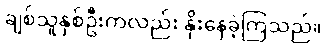
ချစ်သူနှစ်ဦးကလည်း နိုးနေခဲ့ကြသည်။